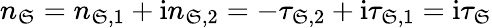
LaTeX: n_{\mathfrak{S}}=n_{\mathfrak{S},1}+\mathrm{{i}}n_{\mathfrak{S},2}=-\tau_{\mathfrak{S},2}+\mathrm{{i}}\tau_{\mathfrak{S},1}=\mathrm{{i}}\tau_{\mathfrak{S}}